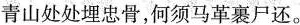
青山处处埋忠骨，何须马革裹尸还。